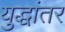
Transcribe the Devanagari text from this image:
युद्धांतर